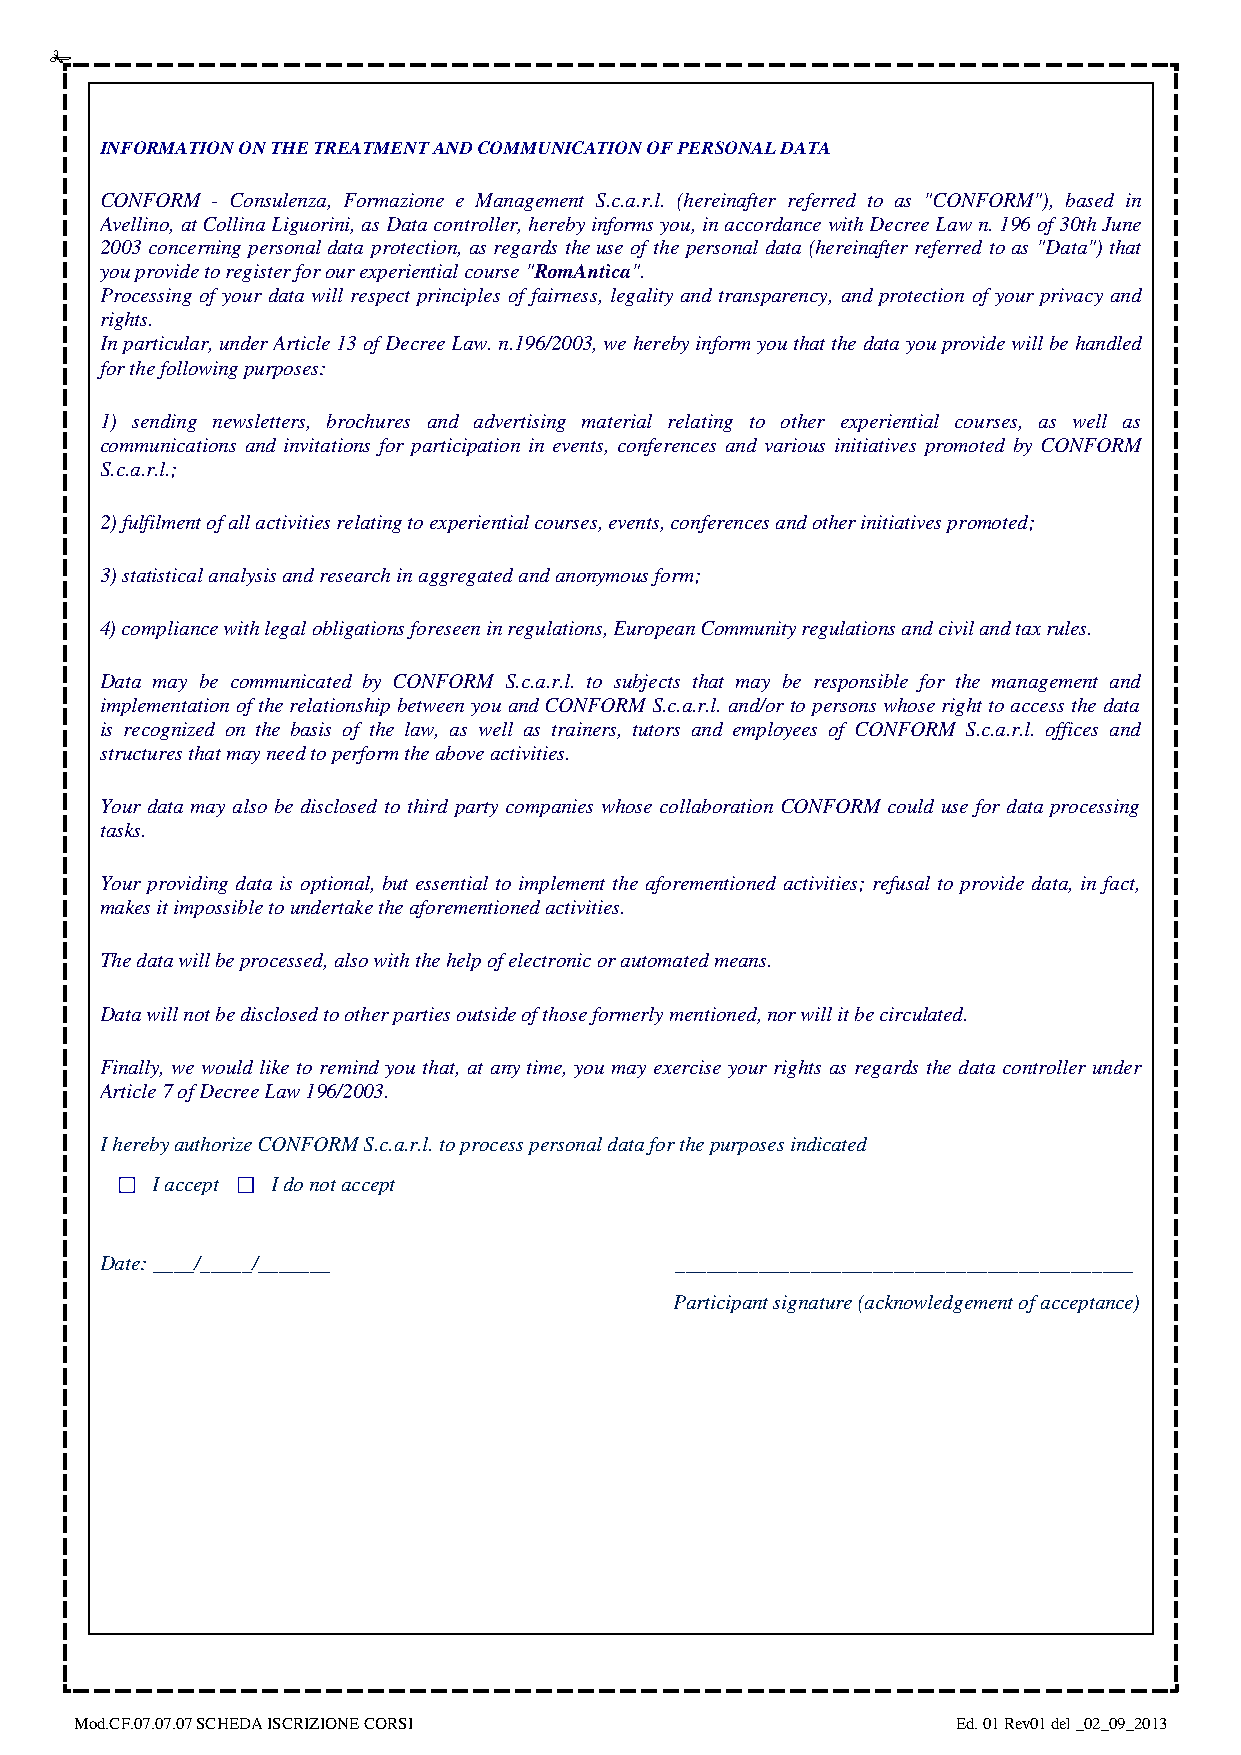
INFORMATION ON THE TREATMENT AND COMMUNICATION OF PERSONAL DATA
 CONFORM - Consulenza, Formazione e Management S.c.a.r.l. (hereinafter referred to as "CONFORM"), based in
 Av ellino, at Collina Liguorini, as Data controller, hereby informs you, in accordance with Decree Law n. 196 of 30th June
 2003 concerning personal data protection, as regards the use of the personal data (hereinafter referred to as "Data") that
 you provide to register for our experiential course "RomAntìca".
 Processing of your data will respect principles of fairness, legality and transparency, and protection of your privacy and
 rights.
 In particular, under Article 13 of Decree Law. n.196/2003, we hereby inform you that the data you provide will be handled
 for the following purposes:
 1) sending newsletters, brochures and advertising material relating to other experiential courses, as well as
 communications and invitations for participation in events, conferences and various initiatives promoted by CONFORM
 S.c.a.r.l.;
 2) fulfilment of all activities relating to experiential courses, events, conferences and other initiatives promoted;
 3) statistical analysis and research in aggregated and anonymous form;
 4) compliance with legal obligations foreseen in regulations, European Community regulations and civil and tax rules.
 Data may be communicated by CONFORM S.c.a.r.l. to subjects that may be responsible for the management and
 implementation of the relationship between you and CONFORM S.c.a.r.l. and/or to persons whose right to access the data
 is recognized on the basis of the law, as well as trainers, tutors and employees of CONFORM S.c.a.r.l. offices and
 structures that may need to perform the above activities.
 Your data may also be disclosed to third party companies whose collaboration CONFORM could use for data processing
 tasks.
 Your providing data is optional, but essential to implement the aforementioned activities; refusal to provide data, in fact,
 makes it impossible to undertake the aforementioned activities.
 The data will be processed, also with the help of electronic or automated means.
 Data will not be disclosed to other parties outside of those formerly mentioned, nor will it be circulated.
 Finally, we would like to remind you that, at any time, you may exercise your rights as regards the data controller under
 Article 7 of Decree Law 196/2003.
 I hereby authorize CONFORM S.c.a.r.l. to process personal data for the purposes indicated
 I accept I do not accept
 Date: ____/_____/_______              ____________________________________________
 Participant signature (acknowledgement of acceptance)
 Mod.CF.07.07.07 SCHEDA ISCRIZIONE CORSI                   Ed. 01 Rev01 del _02_09_2013